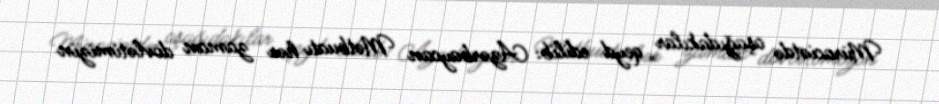
Müraciətdə aşağıdakılar qeyd edilib: Azərbaycan Mətbuatı hər zaman dövlətimizin